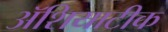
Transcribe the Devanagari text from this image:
ॲशियाटीक